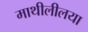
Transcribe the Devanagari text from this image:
माथीलीलया